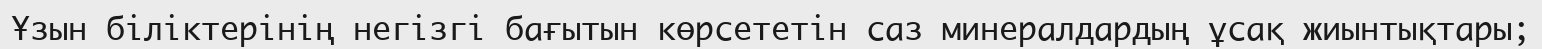
Ұзын біліктерінің негізгі бағытын көрсететін саз минералдардың ұсақ жиынтықтары;